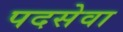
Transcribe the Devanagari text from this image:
पदसेवा